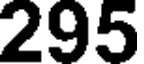
295